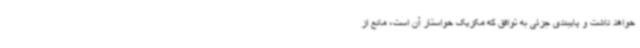
خواهد داشت و پایبندی جزئی به توافق که مکزیک خواستار آن است، مانع از